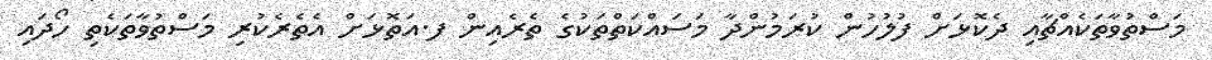
މަސްތުވާތަކެއްޗާއި ދެކޮޅަށް ފުލުހުން ކުރަމުންދާ މަސައްކަތްތަކުގެ ތެރެއިން ފ.އަތޮޅަށް އެތެރެކުރި މަސްތުވާތަކެތި ހޯދައި